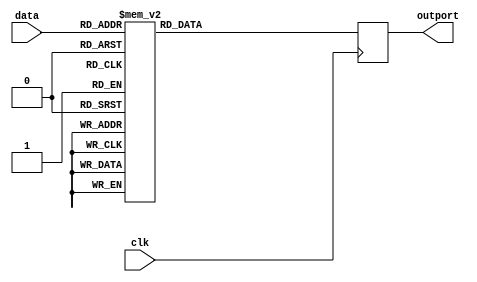
module Seven_Seg_Display_Out(
    output reg [6:0] outport, 
    input clk, 
    input wire [3:0] data
);
    always @(negedge clk) begin
        case(data[3:0])
            4'b0000 : outport <= 7'b0111111;
            4'b0001 : outport <= 7'b0000110;
            4'b0010 : outport <= 7'b1011011;
            4'b0011 : outport <= 7'b1001111;
            4'b0100 : outport <= 7'b1100110;
            4'b0101 : outport <= 7'b1101001;
            4'b0110 : outport <= 7'b1111101;
            4'b0111 : outport <= 7'b0000111;
            4'b1000 : outport <= 7'b1111111;
            4'b1001 : outport <= 7'b1100111;
            4'b1010 : outport <= 7'b1110111;
            4'b1011 : outport <= 7'b1111100;
            4'b1100 : outport <= 7'b1101001;
            4'b1101 : outport <= 7'b1011110;
            4'b1110 : outport <= 7'b1111001;
            4'b1111 : outport <= 7'b1110001;
            default : outport <= 7'b0000000;
        endcase

    end 

endmodule